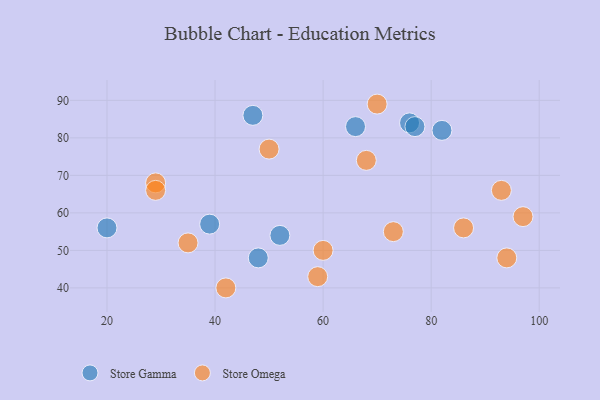
{"axis": {"x": "GDP", "y": "Life Expectancy"}, "legend": ["Store Gamma", "Store Omega"], "data": [{"x": "52", "y": 54, "type": "Store Gamma"}, {"x": "66", "y": 83, "type": "Store Gamma"}, {"x": "47", "y": 86, "type": "Store Gamma"}, {"x": "76", "y": 84, "type": "Store Gamma"}, {"x": "77", "y": 83, "type": "Store Gamma"}, {"x": "48", "y": 48, "type": "Store Gamma"}, {"x": "20", "y": 56, "type": "Store Gamma"}, {"x": "39", "y": 57, "type": "Store Gamma"}, {"x": "82", "y": 82, "type": "Store Gamma"}, {"x": "29", "y": 68, "type": "Store Omega"}, {"x": "73", "y": 55, "type": "Store Omega"}, {"x": "93", "y": 66, "type": "Store Omega"}, {"x": "70", "y": 89, "type": "Store Omega"}, {"x": "60", "y": 50, "type": "Store Omega"}, {"x": "50", "y": 77, "type": "Store Omega"}, {"x": "97", "y": 59, "type": "Store Omega"}, {"x": "29", "y": 66, "type": "Store Omega"}, {"x": "35", "y": 52, "type": "Store Omega"}, {"x": "86", "y": 56, "type": "Store Omega"}, {"x": "42", "y": 40, "type": "Store Omega"}, {"x": "68", "y": 74, "type": "Store Omega"}, {"x": "59", "y": 43, "type": "Store Omega"}, {"x": "94", "y": 48, "type": "Store Omega"}]}